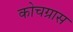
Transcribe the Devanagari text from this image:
कोचग्रास